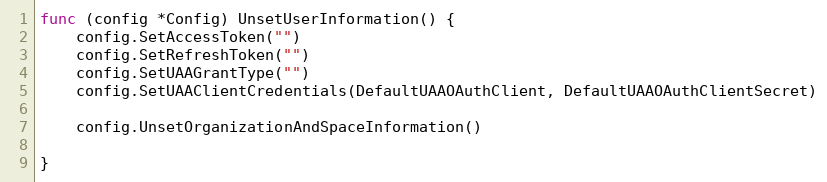
Language: Go
func (config *Config) UnsetUserInformation() {
	config.SetAccessToken("")
	config.SetRefreshToken("")
	config.SetUAAGrantType("")
	config.SetUAAClientCredentials(DefaultUAAOAuthClient, DefaultUAAOAuthClientSecret)

	config.UnsetOrganizationAndSpaceInformation()

}